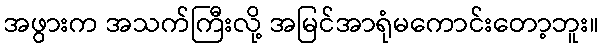
အဖွားက အသက်ကြီးလို့ အမြင်အာရုံမကောင်းတော့ဘူး။